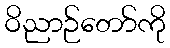
ဝိညာဉ်တော်ကို